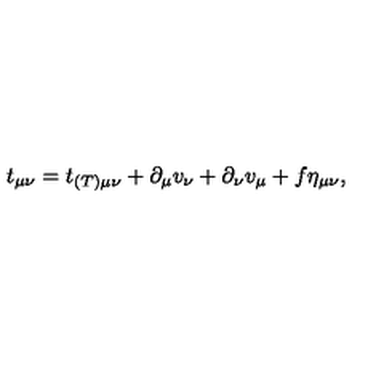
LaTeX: t _ { \mu \nu } = t _ { ( T ) \mu \nu } + \partial _ { \mu } v _ { \nu } + \partial _ { \nu } v _ { \mu } + f \eta _ { \mu \nu } ,